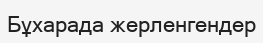
Бұхарада жерленгендер